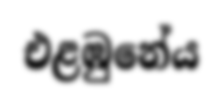
එළඹුනේය